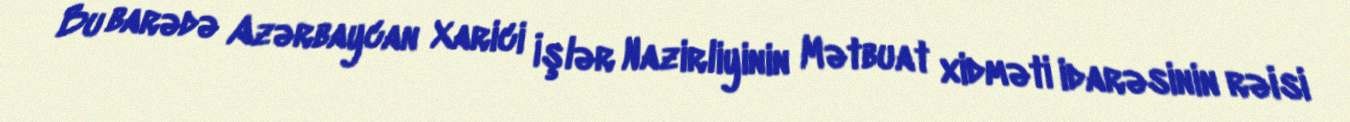
Bu barədə Azərbaycan Xarici İşlər Nazirliyinin Mətbuat xidməti idarəsinin rəisi